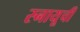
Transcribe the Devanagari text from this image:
स्नायूची